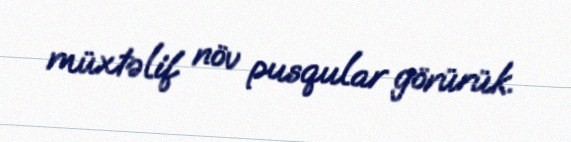
müxtəlif növ pusqular görürük.